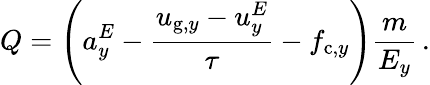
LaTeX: Q=\left(a_{y}^{E}-\frac{u_{\mathrm{g},y}-u_{y}^{E}}{\tau}-f_{\mathrm{c},y}\right)\frac{m}{E_{y}}\, .